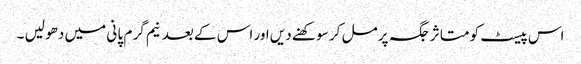
اس پیسٹ کو متا ثر جگہ پر مل کر سو کھنے دیں اور اس کے بعد نیم گر م پا نی میں دھو لیں ۔